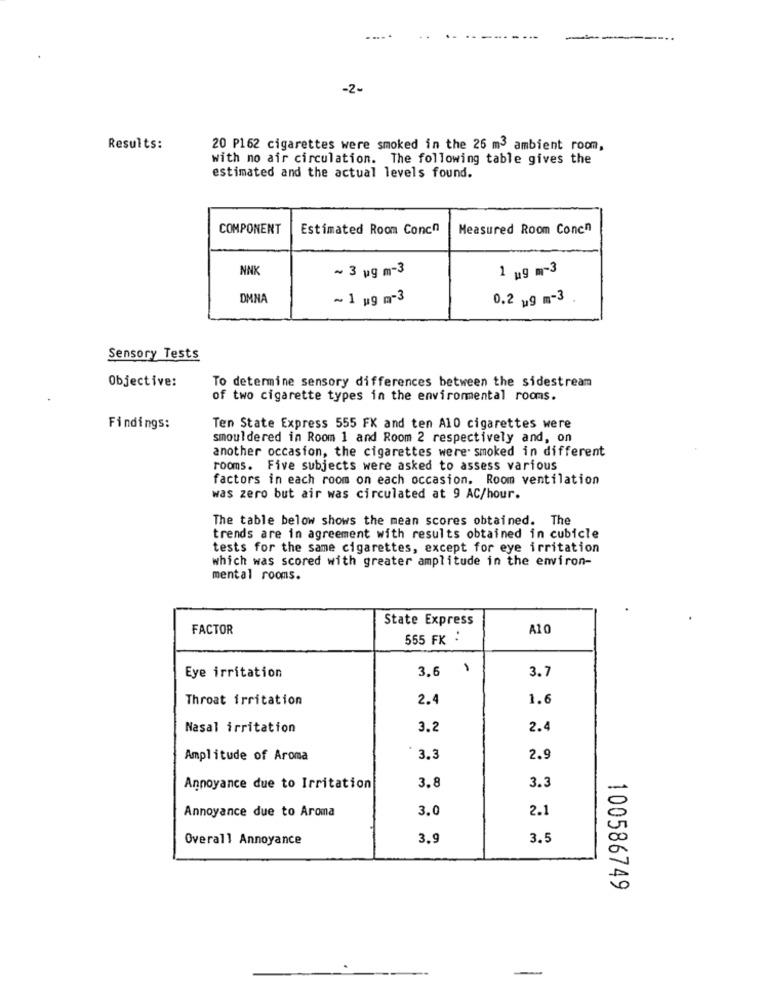
-2-
Results:
20 P162 cigarettes were smoked in the 26 m3 ambient room,
with no air circulation. The following table gives the
estimated and the actual levels found.
COMPONENT
Estimated Room Concn
Measured Room Concn
NNK
~ 3 ug m-3
1 ug m-3
DMNA
~ 1 ug m-3
0.2 ,9 m-3 .
Sensory Tests
Objective:
To determine sensory differences between the sidestream
of two cigarette types in the enviromental rooms.
Findings:
Ten State Express 555 FK and ten A10 cigarettes were
smouldered in Room 1 and Room 2 respectively and, on
another occasion, the cigarettes were. smoked in different
rooms. Five subjects were asked to assess various
factors in each room on each occasion. Room ventilation
was zero but air was circulated at 9 AC/hour.
The table below shows the mean scores obtained. The
trends are in agreement with results obtained in cubicle
tests for the same cigarettes, except for eye irritation
which was scored with greater amplitude in the environ-
mental rooms.
State Express
FACTOR
A10
555 FK :
Eye irritation
3.6
3.7
Throat irritation
2.4
1.6
Nasal irritation
3.2
2.4
Amplitude of Aroma
3.3
2.9
3.8
3.3
Annoyance due to Irritation
-
0
Annoyance due to Aroma
3.0
2.1
Overall Annoyance
3.9
3.5
100586749